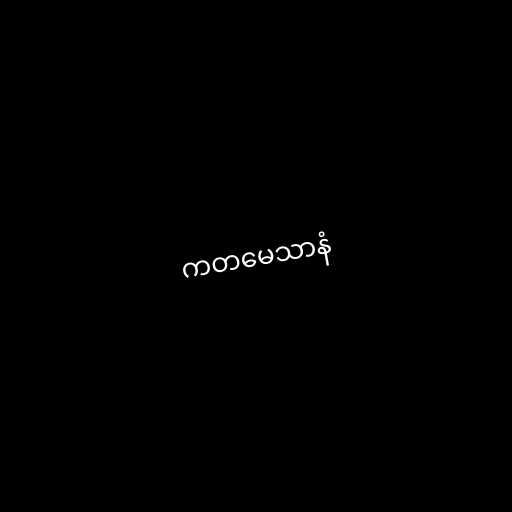
ကတမေသာနံ